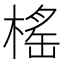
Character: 榣